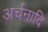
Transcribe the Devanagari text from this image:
अर्चनादि